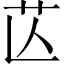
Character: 𦬆